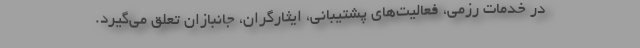
در خدمات رزمی، فعالیت‌های پشتیبانی، ایثارگران، جانبازان تعلق می‌گیرد.